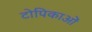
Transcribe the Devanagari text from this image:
टोपिकाओं